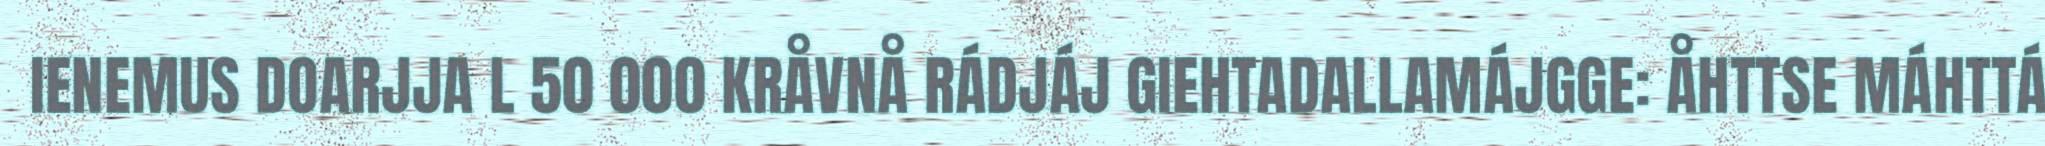
IENEMUS DOARJJA L 50 000 KRÅVNÅ RÁDJÁJ GIEHTADALLAMÁJGGE: ÅHTTSE MÁHTTÁ